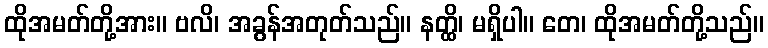
ထိုအမတ်တို့အား။ ဗလိ၊ အခွန်အတုတ်သည်။ နတ္ထိ၊ မရှိပါ။ တေ၊ ထိုအမတ်တို့သည်။